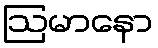
ဩမာနော